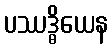
ပဿဒ္ဓိယေန